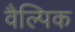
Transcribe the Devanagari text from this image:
वैल्पिक